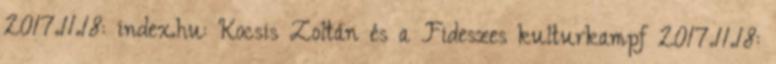
2017.11.18: index.hu: Kocsis Zoltán és a Fideszes kulturkampf 2017.11.18: